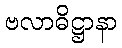
ဗလာဓိဋ္ဌာနာ